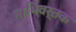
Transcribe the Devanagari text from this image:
नाभिवर्तक